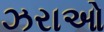
ઝરાઓ